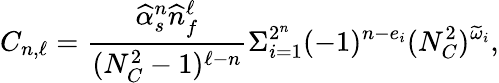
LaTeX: C_{n,\ell}={\frac{\widehat\alpha_{s}^{n}\widehat n_{f}^{\ell}}{(N_{C}^{2}-1)^{\ell-n}}}\Sigma_{i=1}^{2^{n}}(-1)^{n-e_{i}}(N_{C}^{2})^{\widetilde\omega_{i}},